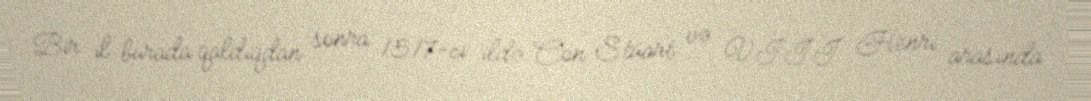
Bir il burada qaldıqdan sonra 1517-ci ildə Con Stüart və VIII Henri arasında